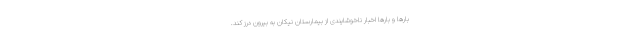
بارها و بارها اخبار ناخوشایندی از بیمارستان نیکان به بیرون درز کند.